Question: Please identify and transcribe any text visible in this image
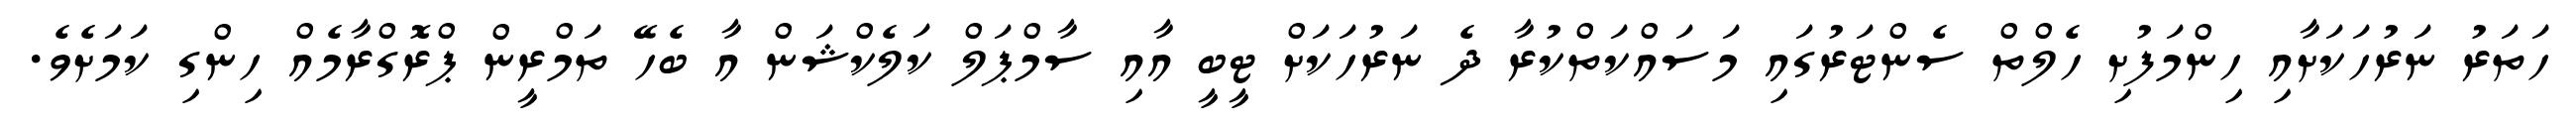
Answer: ހަތަރު ނަރުހަކަށާއި ހިންމަފުށި ހެލްތް ސެންޓަރުގައި މަސައްކަތްކުރާ ދެ ނަރުހަކަށް ޓީބީ އާއި ސާމްޕަލް ކަލެކްޝަން އާ ބެހޭ ތަމްރީން ޕްރޮގްރާމެއް ހިންގި ކަމަށެވެ.